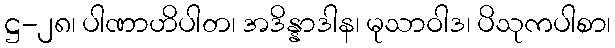
ဋ္ဌ-၂၈၊ ပါဏာဟိပါတ၊ အဒိန္နာဒါန၊ မုသာဝါဒ၊ ပိသုကပါစာ၊